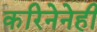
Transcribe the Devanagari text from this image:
करिनेनेही